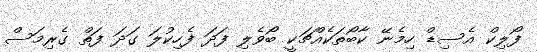
ފޯލިކް އެސިޑް ހިމެނޭ ކާބޯތަކެއްޗަކީ ބޯވެލި ފަދަ ފެހިކުލަ ގަދަ ފަތް ގެރިމަސް